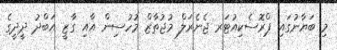
މި ބަޔާނުގައި ޕްރޮސެކިއުޓަރ ޖެނެރަލް މުޖުތާޒް މުހުސިން އާއި ގާޒީ އަބްދު ދީދީގެ